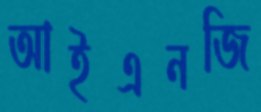
আইএনজি